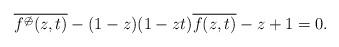
LaTeX: \begin{align*}\overline{f^{\not\ominus}(z,t)} - (1-z)(1-zt)\overline{f(z,t)} - z + 1 = 0.\end{align*}